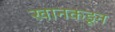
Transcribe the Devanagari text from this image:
खानकडून